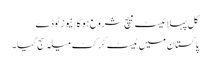
کل پہلا ٹیسٹ میچ شروع ہوگا | نیوز ٹوڈے
پاکستان میں ٹیسٹ کرکٹ میلہ سج گیا۔